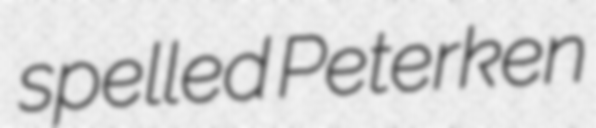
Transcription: spelled Peterken